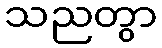
သညတွာ